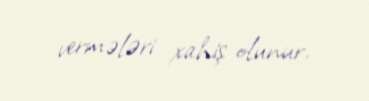
vermələri xahiş olunur.